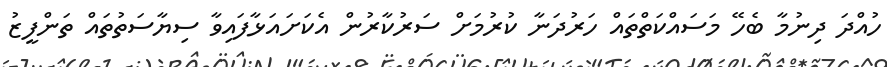
ހުއްދަ ދިނުމާ ބެހޭ މަސައްކަތްތައް ހަރުދަނާ ކުރުމަށް ސަރުކާރުން އެކަށައަޅާފައިވާ ސިޔާސަތުތައް ތަންފީޒު